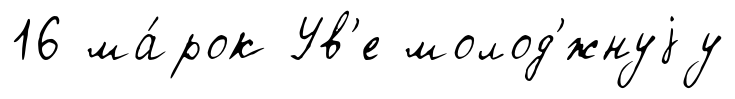
16 ма́рок Ув'е молод'́жнуjу